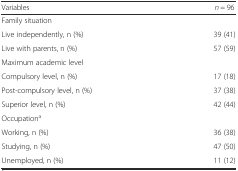
<table><thead><tr><td><b>Variables</b></td><td><b><i>n</i> = 96</b></td></tr></thead><tbody><tr><td>Family situation</td><td></td></tr><tr><td>Live independently, n (%)</td><td>39 (41)</td></tr><tr><td>Live with parents, n (%)</td><td>57 (59)</td></tr><tr><td>Maximum academic level</td><td></td></tr><tr><td>Compulsory level, n (%)</td><td>17 (18)</td></tr><tr><td>Post-compulsory level, n (%)</td><td>37 (38)</td></tr><tr><td>Superior level, n (%)</td><td>42 (44)</td></tr><tr><td>Occupation<sup>a</sup></td><td></td></tr><tr><td>Working, n (%)</td><td>36 (38)</td></tr><tr><td>Studying, n (%)</td><td>47 (50)</td></tr><tr><td>Unemployed, n (%)</td><td>11 (12)</td></tr></tbody></table>